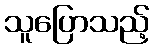
သူပြောသည့်